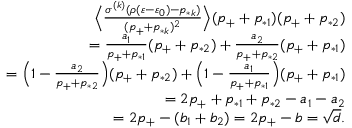
\begin{array} { r } { \Big \langle \frac { \sigma ^ { ( k ) } ( \rho ( \varepsilon - \varepsilon _ { 0 } ) - p _ { * k } ) } { ( p _ { + } + p _ { * k } ) ^ { 2 } } \Big \rangle ( p _ { + } + p _ { * 1 } ) ( p _ { + } + p _ { * 2 } ) } \\ { = \frac { a _ { 1 } } { p _ { + } + p _ { * 1 } } ( p _ { + } + p _ { * 2 } ) + \frac { a _ { 2 } } { p _ { + } + p _ { * 2 } } ( p _ { + } + p _ { * 1 } ) } \\ { = \Big ( 1 - \frac { a _ { 2 } } { p _ { + } + p _ { * 2 } } \Big ) ( p _ { + } + p _ { * 2 } ) + \Big ( 1 - \frac { a _ { 1 } } { p _ { + } + p _ { * 1 } } \Big ) ( p _ { + } + p _ { * 1 } ) } \\ { = 2 p _ { + } + p _ { * 1 } + p _ { * 2 } - a _ { 1 } - a _ { 2 } } \\ { = 2 p _ { + } - ( b _ { 1 } + b _ { 2 } ) = 2 p _ { + } - b = \sqrt { d } . } \end{array}